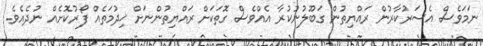
ނަމަވެސް އެސަރުކާރުން ރައްޔިތުން ގަބޫލުނުކުރާ އެއްވެސް ގޮތަކަށް ރައްޔިތުންނަށް ޚިދުމަތެއް ފޯރުކޮށެއް ނުދެއެވެ.